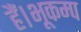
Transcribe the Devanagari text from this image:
हैं।भूकम्प